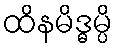
ထိနမိဒ္ဓမ္ပိ